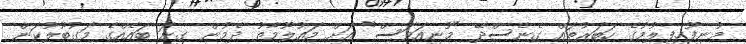
މުނިފޫހިފިލުމުގެ ހަބަރުތައް ގެނެސްދޭ "މުނިއަވަސް" އަށް މައުލޫމާތު ދެމުން ގިނަ ބައެއްގެ މަގުބޫލުކަން